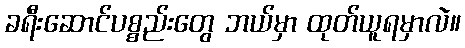
ခရီးဆောင်ပစ္စည်းတွေ ဘယ်မှာ ထုတ်ယူရမှာလဲ။